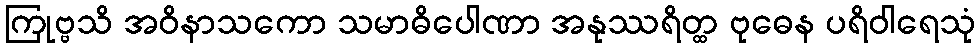
ကြုဗ္ဗသိ အဝိနာသကော သမာဓိပေါဏာ အနုဿရိတ္ထ ဗုဓေန ပရိဝါရေသုံ